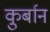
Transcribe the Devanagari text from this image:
कु़र्बान